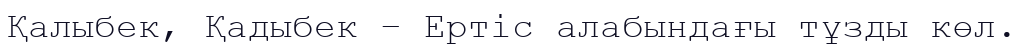
Қалыбек, Қадыбек – Ертіс алабындағы тұзды көл.